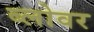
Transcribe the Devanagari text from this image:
ब्लोवर